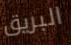
البريق